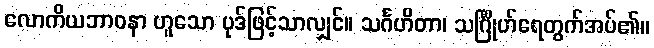
လောကိယဘာဝနာ ဟူသော ပုဒ်ဖြင့်သာလျှင်။ သင်္ဂဟိတာ၊ သင်္ဂြိုဟ်ရေတွက်အပ်၏။